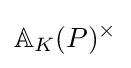
\mathbb {A} _{K}(P)^{\times }